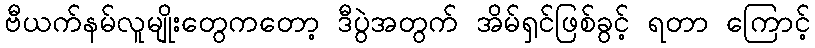
ဗီယက်နမ်လူမျိုးတွေကတော့ ဒီပွဲအတွက် အိမ်ရှင်ဖြစ်ခွင့် ရတာ ကြောင့်